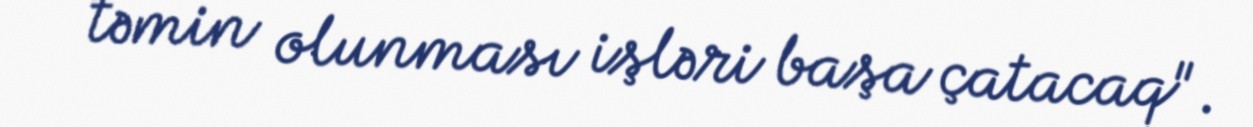
təmin olunması işləri başa çatacaq".